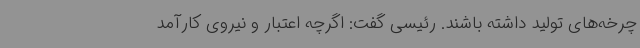
چرخه‌های تولید داشته باشند. رئیسی گفت: اگرچه اعتبار و نیروی کارآمد